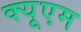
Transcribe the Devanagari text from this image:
क्यूएम